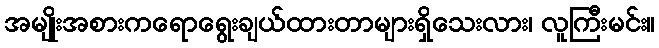
အမျိုးအစားကရောရွေးချယ်ထားတာများရှိသေးလား၊ လူကြီးမင်း။